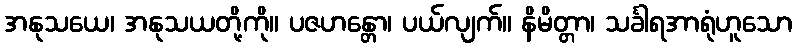
အနုသယေ၊ အနုသယတို့ကို။ ပဇဟန္တော၊ ပယ်လျက်။ နိမိတ္တာ၊ သင်္ခါရအာရုံဟူသော